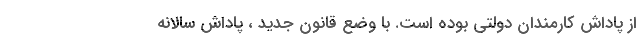
از پاداش کارمندان دولتی بوده است. با وضع قانون جدید ، پاداش سالانه